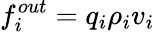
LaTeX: f_{i}^{out}=q_{i}\rho_{i}v_{i}